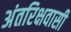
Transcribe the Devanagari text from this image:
अंतरिक्षवासी